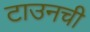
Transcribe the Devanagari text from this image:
टाउनची